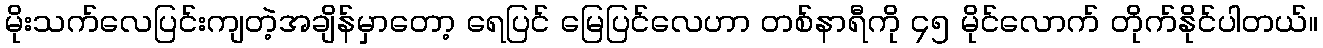
မိုးသက်လေပြင်းကျတဲ့အချိန်မှာတော့ ရေပြင် မြေပြင်လေဟာ တစ်နာရီကို ၄၅ မိုင်လောက် တိုက်နိုင်ပါတယ်။